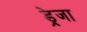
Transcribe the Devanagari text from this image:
ड्रेजा